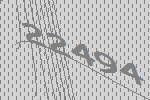
22494